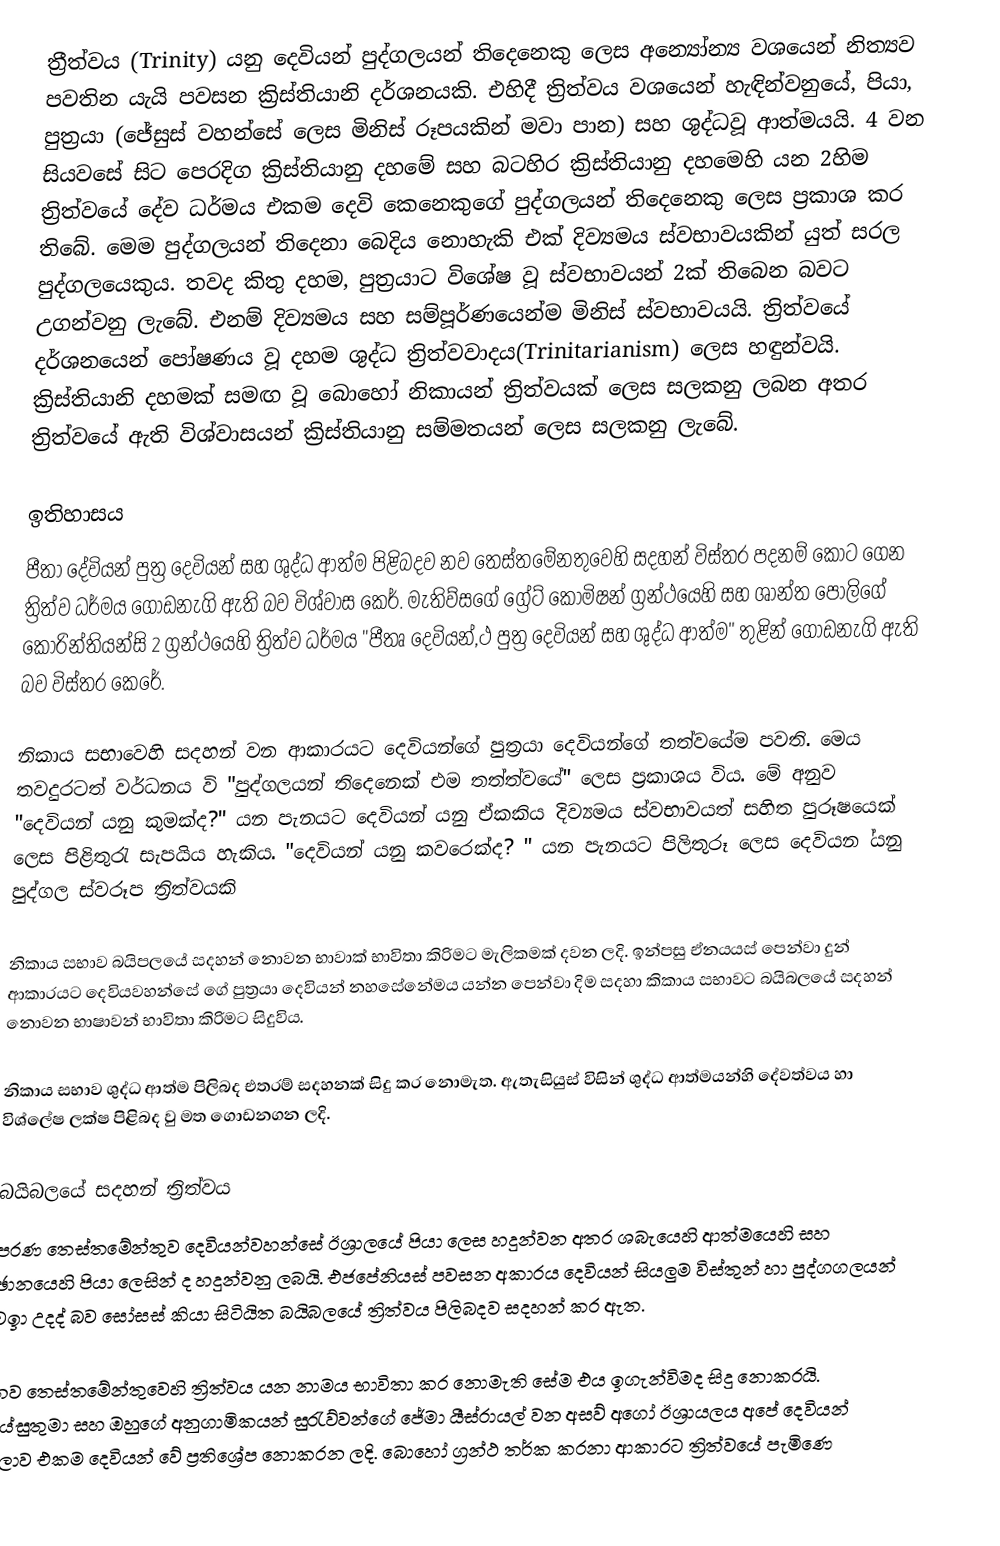
ත්‍රීත්වය (Trinity) යනු දෙවියන් පුද්ගලයන් තිදෙනෙකු ලෙස අන්‍යෝන්‍ය වශයෙන් නිත්‍යව පවතින යැයි පවසන ක්‍රිස්තියානි දර්ශනයකි. එහිදී ත්‍රිත්වය වශයෙන් හැඳින්වනුයේ, පියා, පුත්‍රයා (ජේසුස් වහන්සේ ලෙස මිනිස් රූපයකින් මවා පාන) සහ ශුද්ධවූ ආත්මයයි. 4 වන සියවසේ සිට පෙරදිග ක්‍රිස්තියානු දහමේ සහ බටහිර ක්‍රිස්තියානු දහමෙහි යන 2හිම ත්‍රිත්වයේ දේව ධර්මය එකම දෙවි කෙනෙකුගේ පුද්ගලයන් තිදෙනෙකු ලෙස ප්‍රකාශ කර තිබේ. මෙම පුද්ගලයන් තිදෙනා බෙදිය නොහැකි එක් දිව්‍යමය ස්වභාවයකින් යුත් සරල පුද්ගලයෙකුය. තවද කිතු දහම, පුත්‍රයාට විශේෂ වූ ස්වභාවයන් 2ක් තිබෙන බවට උගන්වනු ලැබේ. එනම් දිව්‍යමය සහ සම්පූර්ණයෙන්ම මිනිස් ස්වභාවයයි. ත්‍රිත්වයේ දර්ශනයෙන් පෝෂණය වූ දහම ශුද්ධ ත්‍රිත්වවාදය(Trinitarianism) ලෙස හඳුන්වයි. ක්‍රිස්තියානි දහමක් සමඟ වූ බොහෝ නිකායන් ත්‍රිත්වයක් ලෙස සලකනු ලබන අතර ත්‍රිත්වයේ ඇති විශ්වාසයන් ක්‍රිස්තියානු සම්මතයන් ලෙස සලකනු ලැබේ.

ඉතිහාසය
පීතා දේවියන් පුත්‍ර දෙවියන් සහ ශුද්ධ ආත්ම පිළිබදව නව තෙස්තමේනතුවෙහි සදහන් විස්තර පදනම් කොට ගෙන ත්‍රිත්ව ‍ධර්මය ගොඩනැගි ඇති බව විශ්වාස කෙර්. මැතිව්සගේ‍ ග්‍රේට් කොමිෂන් ග්‍රන්ථයෙහි සහ ශාන්ත පෝලිගේ කොරින්තියන්සි 2  ග්‍රන්ථයෙහි ත්‍රිත්ව ධර්මය "පීතෘ දෙවියන්,ථ පුත්‍ර දෙවියන් සහ ශුද්ධ ආත්ම" තුළින් ගොඩනැගි ඇති බව විස්තර කෙරේ.

නිකාය සභාවෙහි සදහන් වන ආකාරයට දෙවියන්ගේ පුත්‍රයා දෙවියන්ගේ තත්වයේම පවති. මෙය තවදුරටත් වර්ධනය වි "පුද්ගලයන් තිදෙනෙක් එම තත්ත්වයේ" ලෙස ප්‍රකාශය විය. මේ අනුව "දෙවියන් යනු කුමක්ද?" යන පැනයට දෙවියන් යනු ඒකකිය දිව්‍යමය ස්වභාවයත් සහිත පුරූෂයෙක් ලෙස පිළිතුරැ සැපයිය හැකිය. "දෙවියන් යනු කවරෙක්ද? " යන පැනයට පිලිතුරූ ලෙස දෙවියන ්යනු පුද්ගල ස්වරූප  ත්‍රිත්වයකි

නිකාය සභාව බයිපලයේ සදහන් නොවන භාවාක් භාවිතා කිරිමට මැලිකමක් දවන ලදි. ඉන්පසු ඒනයයස් පෙන්වා දුන් ආකාරයට දෙවියවහන්සේ ගේ පුත්‍රයා දෙවියන් නහසේනේමය යන්න පෙන්වා දිම සදහා කිකාය සභාවට බයිබලයේ සදහන් නොවන භාෂාවන් භාවිතා කිරිමට සිදුවිය.

නිකාය සභාව ශුද්ධ ආත්ම පිලිබද එතරම් සදහනක් සිදු කර නොමැත. ඇතැසියුස් විසින් ශුද්ධ ආත්මයන්හි දේවත්වය හා විශ්ලේෂ ලක්ෂ පිළිබද වු මත ගොඩනගන ලදි.

බයිබලයේ සදහන් ත්‍රිත්වය
පරණ තෙස්තමේන්තුව දෙවියන්වහන්සේ ඊශ්‍රාලයේ පියා ලෙස හදුන්වන අතර ‍ශබැයෙහි ආත්මයෙහි සහ ඡානයෙහි පියා ලෙසින් ද හදුන්වනු ලබයි. එජපේනියස් පවසන අකාරය දෙවියන් සියලුම විස්තුන් හා පුද්ගගලයන් වඉා උදද් බව සෝසස් කියා සිටියිත බයිබලයේ ත්‍රිත්වය පිලිබදව සදහන් කර ඇත.

නව තෙස්තමේන්තුවෙහි ත්‍රිත්වය යන නාමය භාවිතා කර නොමැති සේම එය ඉගැන්විමද සිදු නොකරයි. යේසුතුමා සහ ඔහුගේ අනුගාමිකයන් සුරැව්වන්ගේ ජේමා යීස්රායල් වන අසව් අගෝ ඊශ්‍රායලය අපේ දෙවියන් ලොව එකම දෙවියන් වේ ප්‍රතිශ්‍රේප නොකරන ලදි. බොහෝ ග්‍රන්ථ තර්ක කරනා ආකාරට ත්‍රිත්වයේ පැමිණෙ